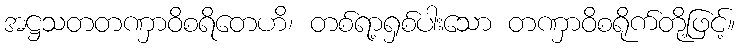
အဋ္ဌသတတဏှာဝိစရိတေဟိ၊ တစ်ရာ့ရှစ်ပါးသော တဏှာဝိစရိုက်တို့ဖြင့်။